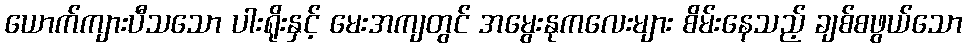
ယောက်ကျားပီသသော ပါးရိုးနှင့် မေးအကျတွင် အမွေးနုကလေးများ စိမ်းနေသည့် ချစ်စဖွယ်သော